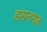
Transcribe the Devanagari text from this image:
हसनगढ़